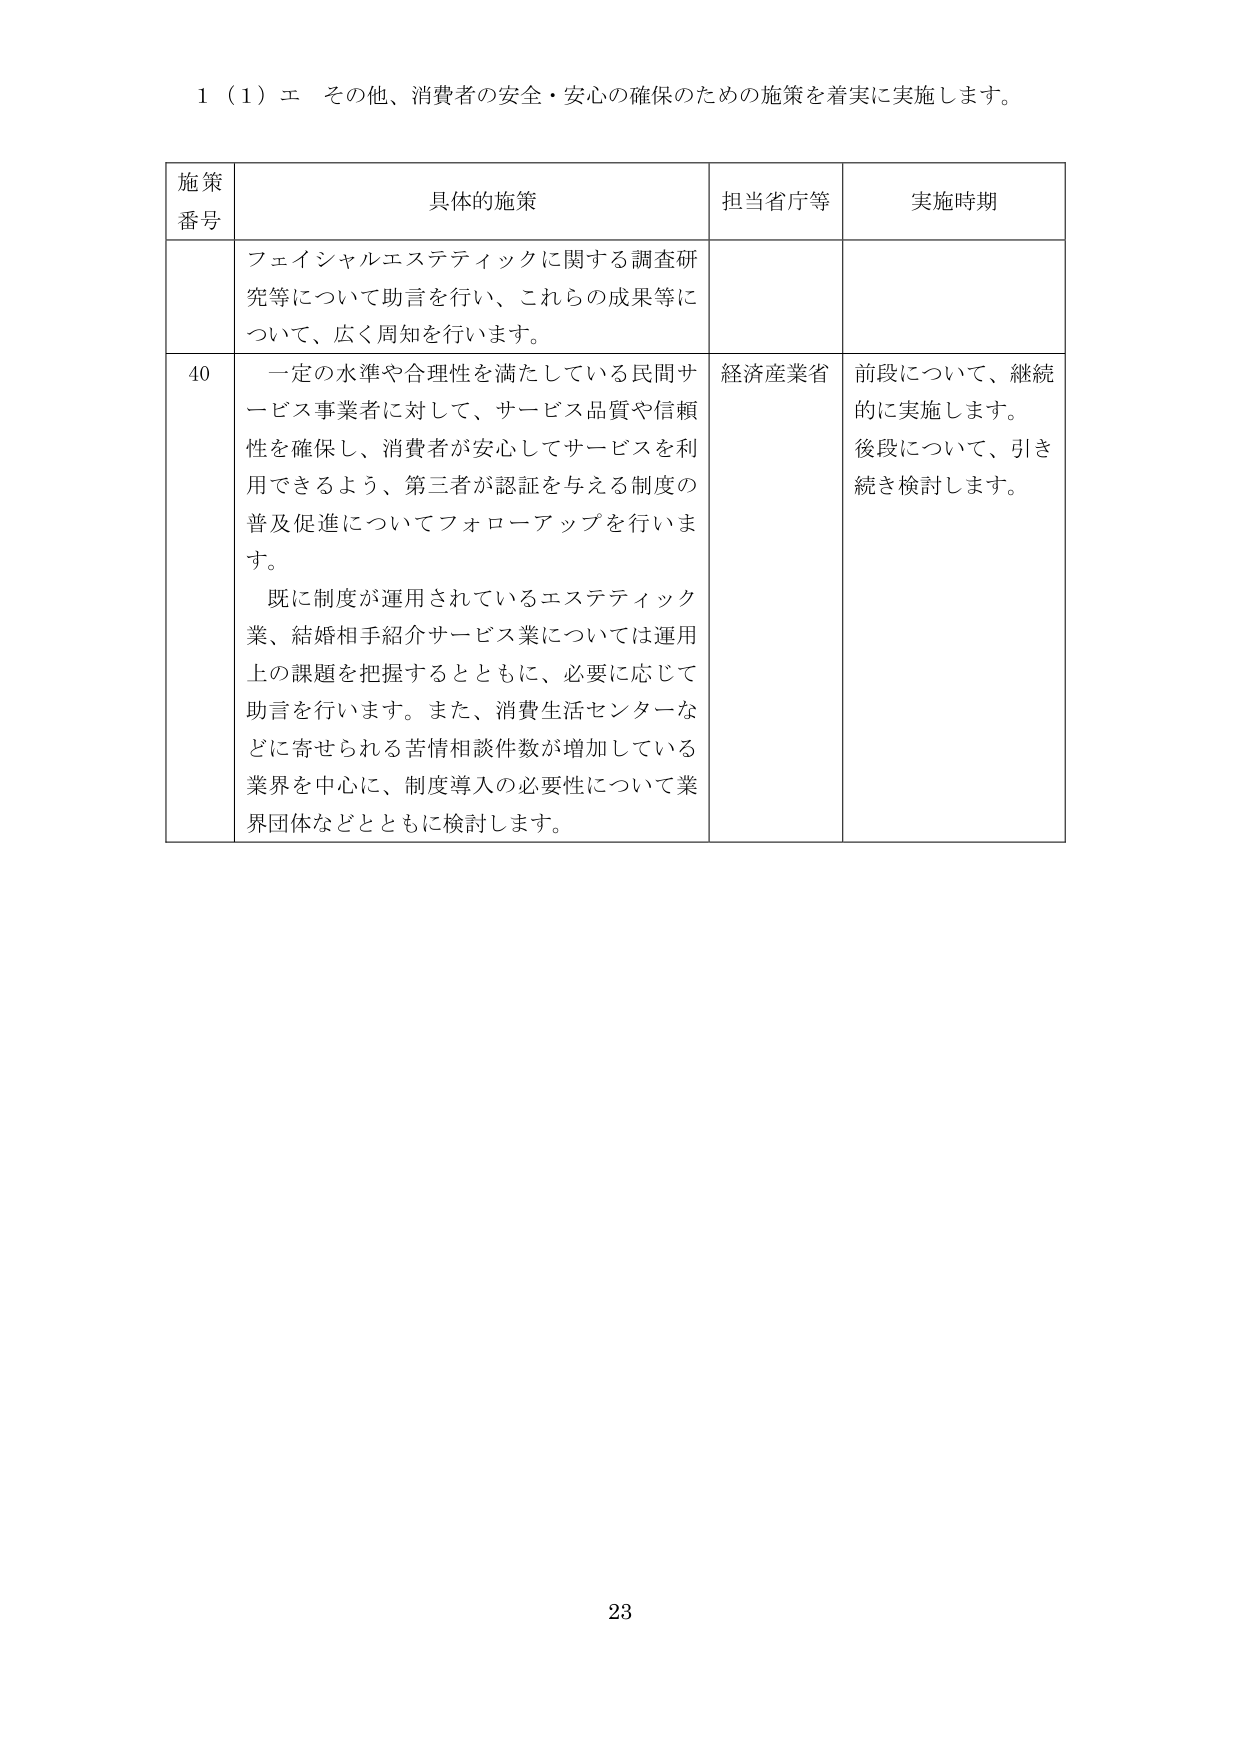
1（1）エ その他、消費者の安全・安心の確保のための施策を着実に実施します。

施策
番号	具体的施策	担当省庁等	実施時期
	フェイシャルエステティックに関する調査研究等について助言を行い、これらの成果等について、広く周知を行います。
40	一定の水準や合理性を満たしている民間サービス事業者に対して、サービス品質や信頼性を確保し、消費者が安心してサービスを利用できるよう、第三者が認証を与える制度の普及促進についてフォローアップを行います。
既に制度が運用されているエステティック業、結婚相手紹介サービス業については運用上の課題を把握するとともに、必要に応じて助言を行います。また、消費生活センターなどに寄せられる苦情相談件数が増加している業界を中心に、制度導入の必要性について業界団体などとともに検討します。	経済産業省	前段について、継続的に実施します。
後段について、引き続き検討します。

23